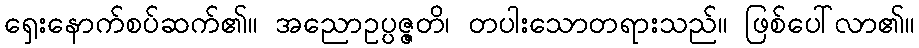
ရှေးနောက်စပ်ဆက်၏။ အညောဥပ္ပဇ္ဇတိ၊ တပါးသောတရားသည်။ ဖြစ်ပေါ်လာ၏။